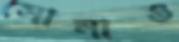
সোনাও